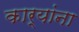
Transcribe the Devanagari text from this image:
कार्यांना